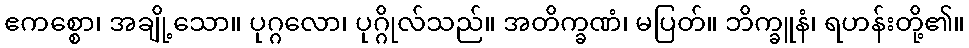
ဧကစ္စော၊ အချို့သော။ ပုဂ္ဂလော၊ ပုဂ္ဂိုလ်သည်။ အတိက္ခဏံ၊ မပြတ်။ ဘိက္ခူနံ၊ ရဟန်းတို့၏။